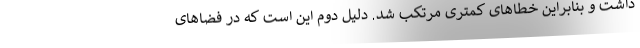
داشت و بنابراین خطاهای کمتری مرتکب شد. دلیل دوم این است که در فضاهای